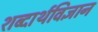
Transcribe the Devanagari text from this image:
शब्दार्थविज्ञान